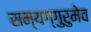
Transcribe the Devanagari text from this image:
सम्यग्गुरुमेव